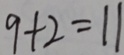
9 + 2 = 1 1